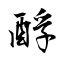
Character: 酻